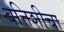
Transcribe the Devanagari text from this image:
बत्तिशीचा